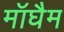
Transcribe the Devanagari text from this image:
मॉघैम